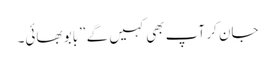
جان کر آپ بھی کہیں گے ”بابو بھائی۔